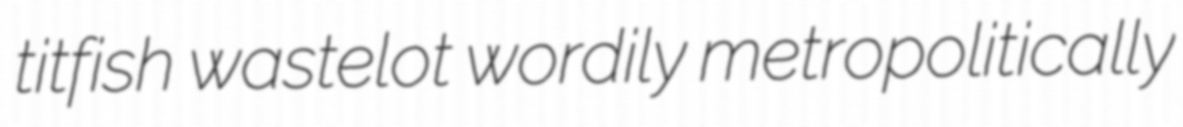
titfish wastelot wordily metropolitically